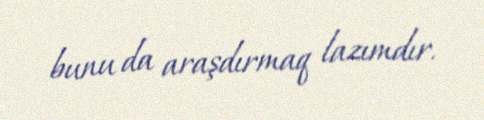
bunu da araşdırmaq lazımdır.